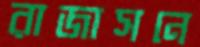
রাজাসনে